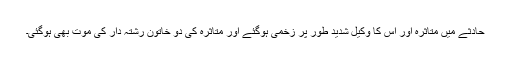
حادثے میں متاثرہ اور اس کا وکیل شدید طور پر زخمی ہوگئے اور متاثرہ کی دو خاتون رشتہ دار کی موت بھی ہوگئی۔